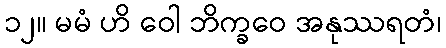
၁၂။ မမံ ဟိ ဝေါ ဘိက္ခဝေ အနုဿရတံ၊